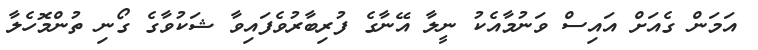
އަމަން ގެއަށް އައިސް ވަނުމާއެކު ނީލާ އޭނާގެ ފުރިބާރުވެފައިވާ ޝަކުވާގެ ގޯނި ތުންމޮހެލާ